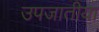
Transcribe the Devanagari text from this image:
उपजातीया